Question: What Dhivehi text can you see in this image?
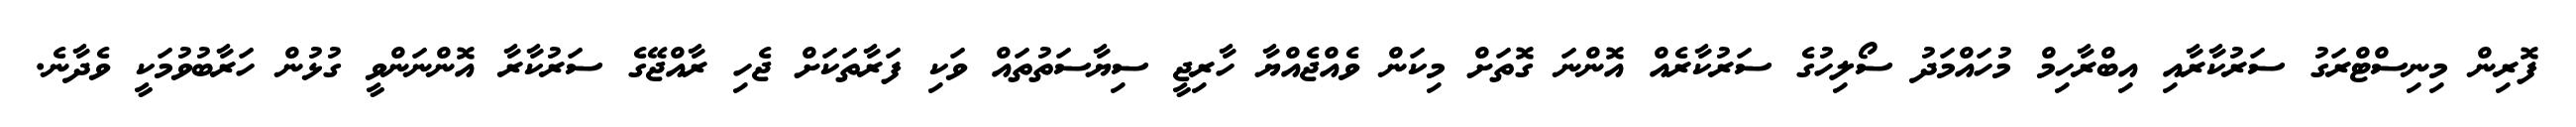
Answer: ފޮރިން މިނިސްޓްރަގު ސަރުކާރާއި އިބްރާހިމް މުހައްމަދު ސޯލިހުގެ ސަރުކާރެއް އޮންނަ ގޮތަށް މިކަން ވެއްޖެއްޔާ ހާރިޖީ ސިޔާސަތުތައް ވަކި ފަރާތަކަށް ޖެހި ރާއްޖޭގެ ސަރުކާރާ އޮންނަންވީ ގުޅުން ހަރާބުވުމަކީ ވެދާނެ.